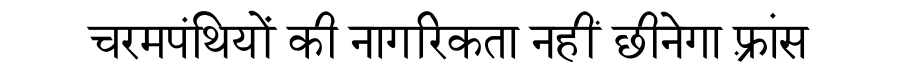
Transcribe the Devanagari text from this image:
चरमपंथियों की नागरिकता नहीं छीनेगा फ़्रांस